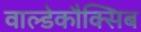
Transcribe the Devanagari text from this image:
वाल्डेकौक्सिब